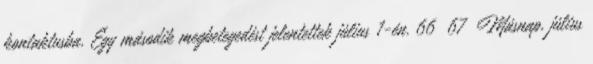
kontaktusba. Egy második megbetegedést jelentettek július 1-én. 66 67 Másnap, július